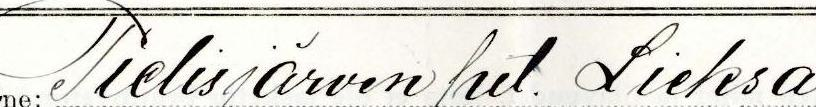
Pielisjärven pit. Lieksa